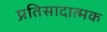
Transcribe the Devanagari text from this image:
प्रतिसादात्मक